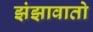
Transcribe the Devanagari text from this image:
झंझावातो